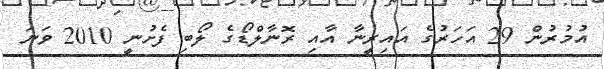
އުމުރުން 29 އަހަރުގެ އައިރީނާ އާއި ރޮނާލްޑޯގެ ލޯބި ފެށުނީ 2010 ވަނަ